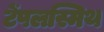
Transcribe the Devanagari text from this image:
टेंपलस्मिथ